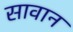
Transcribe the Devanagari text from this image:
सावान